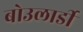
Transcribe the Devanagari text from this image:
बोउलार्डी